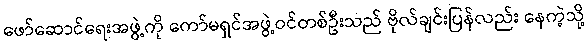
ဖော်ဆောင်ရေးအဖွဲ့ကို ကော်မရှင်အဖွဲ့ဝင်တစ်ဦးသည် ဗိုလ်ချင်းပြန်လည်း နေကဲ့သို့